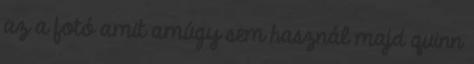
az a fotó amit amúgy sem használ majd quinn